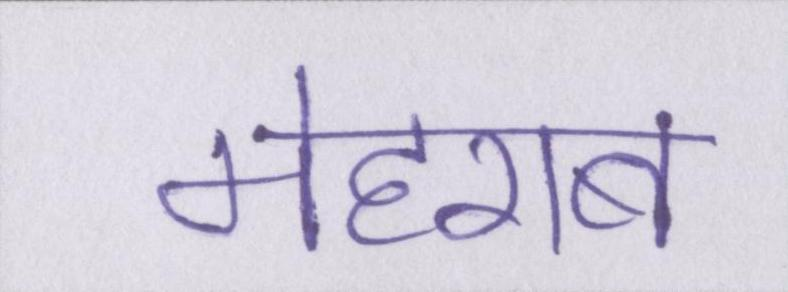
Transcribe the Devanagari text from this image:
मेहराब